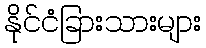
နိုင်ငံခြားသားများ